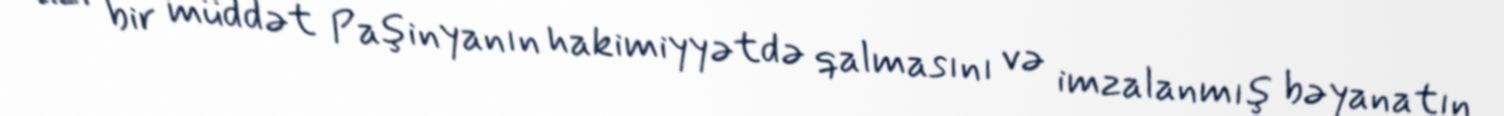
azı bir müddət Paşinyanın hakimiyyətdə qalmasını və imzalanmış bəyanatın